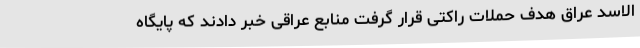
الاسد عراق هدف حملات راکتی قرار گرفت منابع عراقی خبر دادند که پایگاه